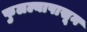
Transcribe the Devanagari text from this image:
फुलल्यापासून